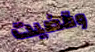
وقضيت